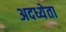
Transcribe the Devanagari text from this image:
अदध्येता